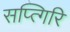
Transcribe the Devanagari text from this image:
सप्त्गिरि